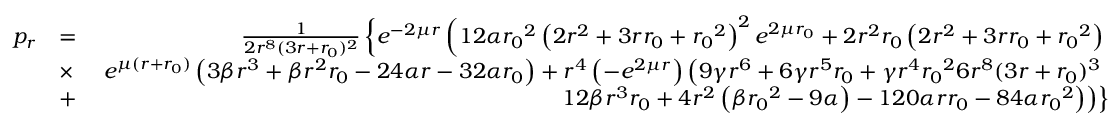
\begin{array} { r l r } { p _ { r } } & { = } & { \frac { 1 } { 2 r ^ { 8 } ( 3 r + { r _ { 0 } } ) ^ { 2 } } \left\lbrace e ^ { - 2 \mu r } \left( 1 2 \alpha { r _ { 0 } } ^ { 2 } \left( 2 r ^ { 2 } + 3 r { r _ { 0 } } + { r _ { 0 } } ^ { 2 } \right) ^ { 2 } e ^ { 2 \mu { r _ { 0 } } } + 2 r ^ { 2 } { r _ { 0 } } \left( 2 r ^ { 2 } + 3 r { r _ { 0 } } + { r _ { 0 } } ^ { 2 } \right) \right. \right. } \\ & { \times } & { \left. \left. e ^ { \mu ( r + { r _ { 0 } } ) } \left( 3 \beta r ^ { 3 } + \beta r ^ { 2 } { r _ { 0 } } - 2 4 \alpha r - 3 2 \alpha { r _ { 0 } } \right) + r ^ { 4 } \left( - e ^ { 2 \mu r } \right) \left( 9 \gamma r ^ { 6 } + 6 \gamma r ^ { 5 } { r _ { 0 } } + \gamma r ^ { 4 } { r _ { 0 } } ^ { 2 } 6 r ^ { 8 } ( 3 r + { r _ { 0 } } ) ^ { 3 } \right. \right. \right. } \\ & { + } & { \left. \left. \left. 1 2 \beta r ^ { 3 } { r _ { 0 } } + 4 r ^ { 2 } \left( \beta { r _ { 0 } } ^ { 2 } - 9 \alpha \right) - 1 2 0 \alpha r { r _ { 0 } } - 8 4 \alpha { r _ { 0 } } ^ { 2 } \right) \right) \right\rbrace } \end{array}